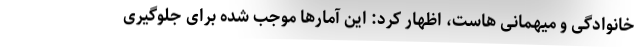
خانوادگی و میهمانی هاست، اظهار کرد: این آمارها موجب شده برای جلوگیری